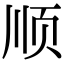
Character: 顺